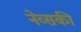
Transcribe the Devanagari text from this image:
नेव्सकी